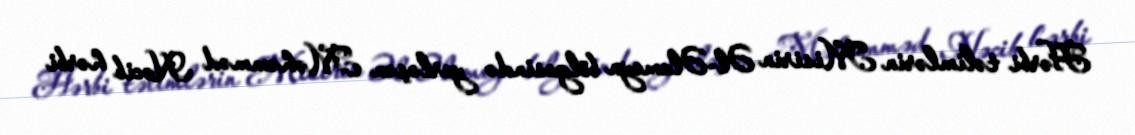
Hərbi təlimlərin Misirin Əl-Əlameyn bölgəsində yerləşən Məhəmməd Nəcib hərbi